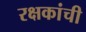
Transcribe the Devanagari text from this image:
रक्षकांची